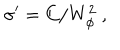
LaTeX: \sigma ^ { \prime } = C / W _ { \phi } ^ { 2 } ~ ,